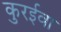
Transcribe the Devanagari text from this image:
कुरईवा